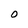
Character: 0